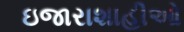
ઇજારાશાહીઓ